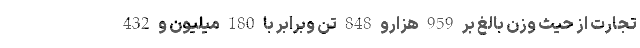
تجارت از حیث وزن بالغ بر 959 هزارو 848 تن وبرابر با 180 میلیون و 432